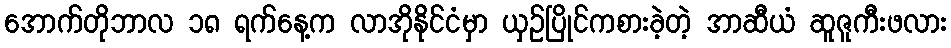
အောက်တိုဘာလ ၁၈ ရက်နေ့က လာအိုနိုင်ငံမှာ ယှဉ်ပြိုင်ကစားခဲ့တဲ့ အာဆီယံ ဆူဇူကီးဖလား